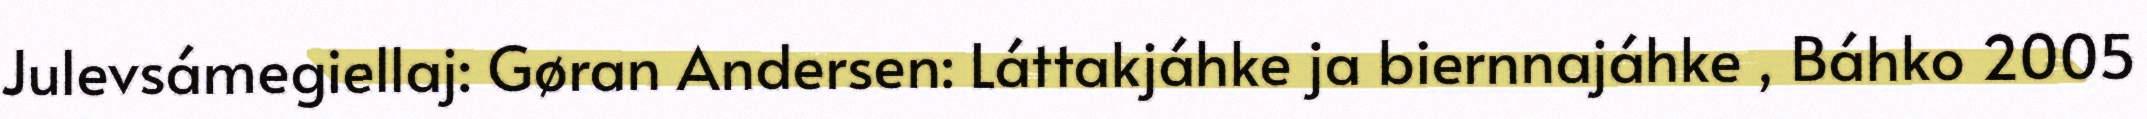
Julevsámegiellaj: Gøran Andersen: Láttakjáhke ja biernnajáhke , Báhko 2005